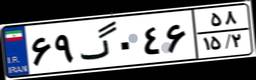
۴۲گ۲۱۴۴۶